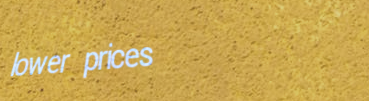
lower prices